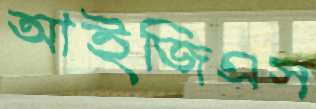
আইজিএস